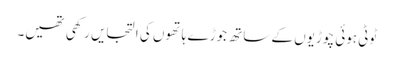
ٹوٹی ہوئی چوڑیوں کے ساتھ جوڑے ہاتھوں کی التجایں رکھی تھیں۔